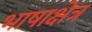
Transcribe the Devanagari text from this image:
भाषाक्षेत्र